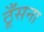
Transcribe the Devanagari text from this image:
ठूँसना